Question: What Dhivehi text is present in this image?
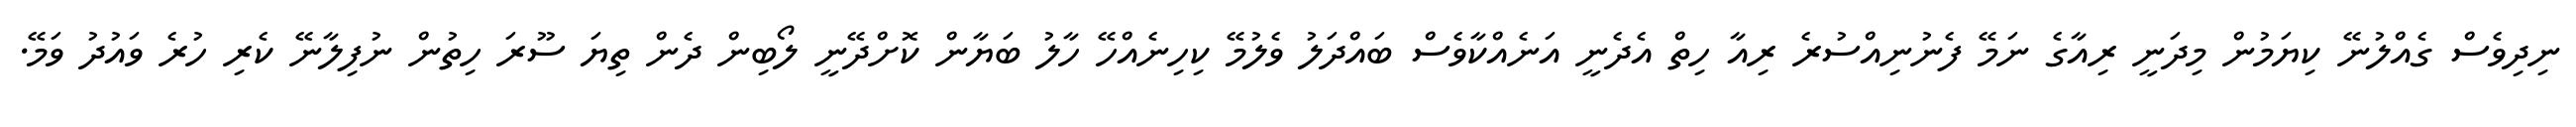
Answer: ނިދިވެސް ގެއްލުނޭ ކިޔަމުން މިދަނީ ރިއާގެ ނަމޭ ފެނުނިއްސުރެ ރިއާ ހިތް އެދެނީ އަނެއްކާވެސް ބައްދަލު ވެލުމޭ ކިހިނެއްހޭ ހާލު ބަޔާން ކޮށްދޭނީ ލޯބިން ދެން ތިޔަ ސޫރަ ހިތުން ނުފިލާނޭ ކެރި ހުރެ ވައުދު ވަމޭ.